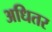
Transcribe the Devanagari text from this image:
अधितर